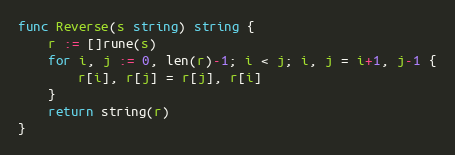
Language: Go
func Reverse(s string) string {
	r := []rune(s)
	for i, j := 0, len(r)-1; i < j; i, j = i+1, j-1 {
		r[i], r[j] = r[j], r[i]
	}
	return string(r)
}